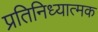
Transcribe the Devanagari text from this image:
प्रतिनिध्यात्मक